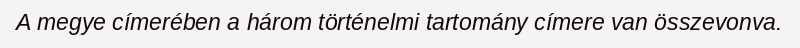
A megye címerében a három történelmi tartomány címere van összevonva.